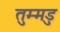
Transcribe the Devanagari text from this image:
तुम्मडु